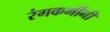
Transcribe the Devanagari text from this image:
रंगकर्मीनी